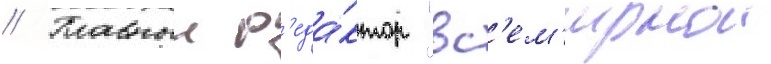
// Главныи р'еда́ктор "вс'ем'ирнои